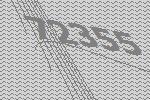
72355